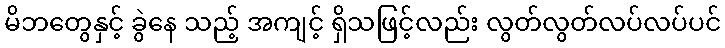
မိဘတွေနှင့် ခွဲနေ သည့် အကျင့် ရှိသဖြင့်လည်း လွတ်လွတ်လပ်လပ်ပင်